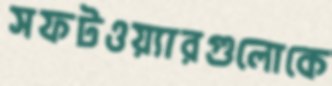
সফটওয়্যারগুলোকে